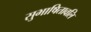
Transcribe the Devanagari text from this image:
सुभाषितावलि